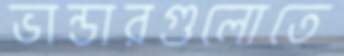
ভান্ডারগুলোতে